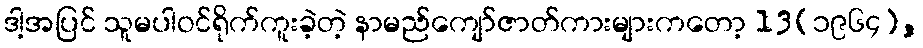
ဒါ့အပြင် သူမပါဝင်ရိုက်ကူးခဲ့တဲ့ နာမည်ကျော်ဇာတ်ကားများကတော့ 13(၁၉၆၄),